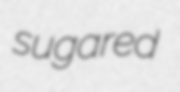
sugared